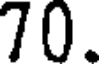
70.